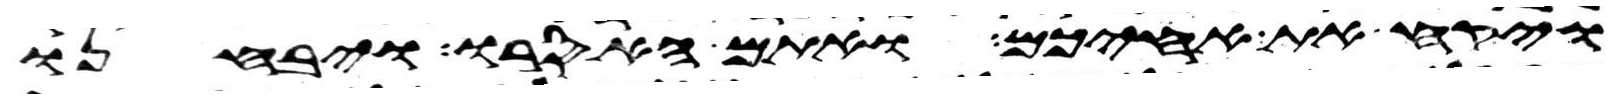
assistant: ויקח את אחיכם ואתם האסרו ויבחנו